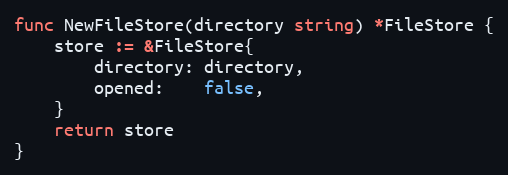
Language: Go
func NewFileStore(directory string) *FileStore {
	store := &FileStore{
		directory: directory,
		opened:    false,
	}
	return store
}